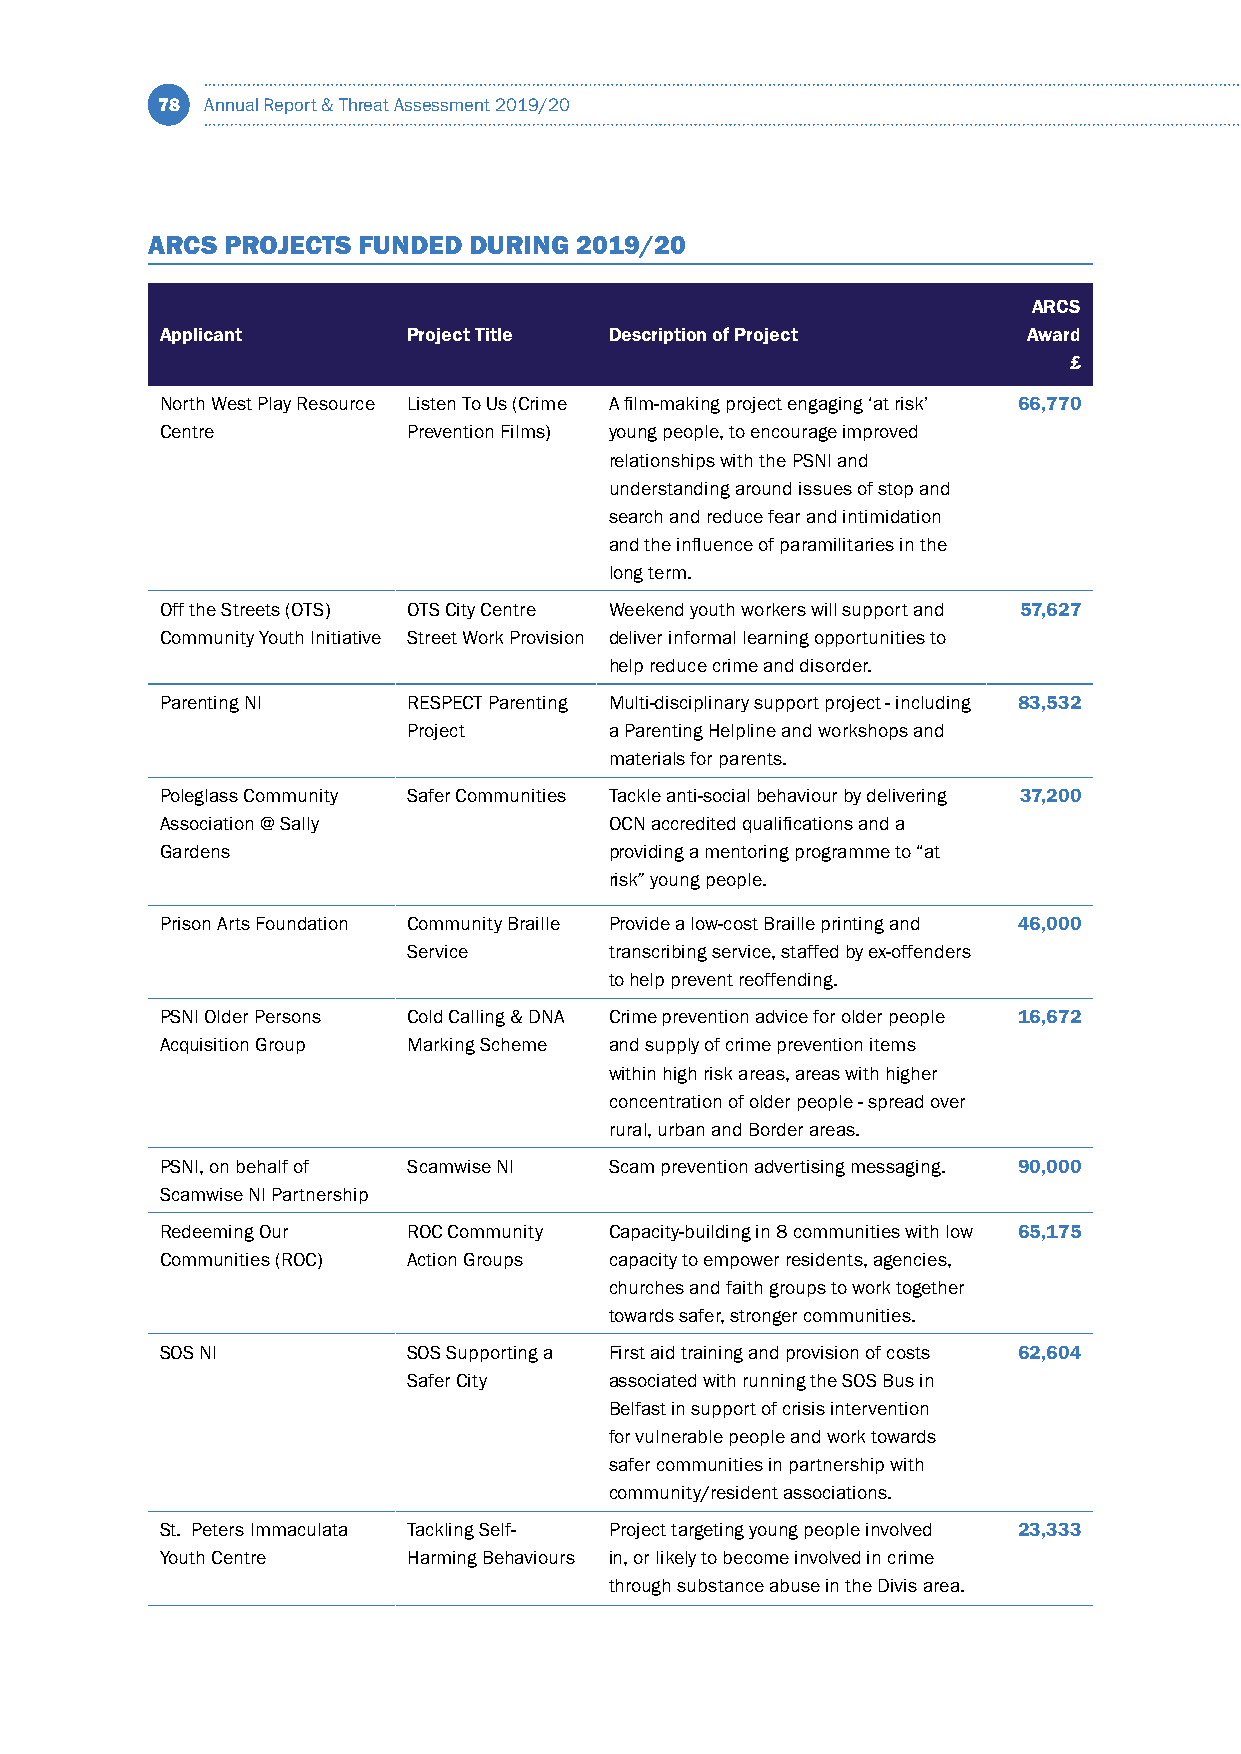
78  Annual Report & Threat Assessment 2019/20
 ARCS PROJECTS FUNDED DURING 2019/20
 ARCS
 Applicant       Project Title Description of Project     Award
 £
 North West Play Resource Listen To Us (Crime A film-making project engaging ‘at risk’ 66,770
 Centre          Prevention Films) young people, to encourage improved
 relationships with the PSNI and
 understanding around issues of stop and
 search and reduce fear and intimidation
 and the influence of paramilitaries in the
 long term.
 Off the Streets (OTS) OTS City Centre Weekend youth workers will support and 57,627
 Community Youth Initiative Street Work Provision deliver informal learning opportunities to
 help reduce crime and disorder.
 Parenting NI    RESPECT Parenting Multi-disciplinary support project - including 83,532
 Project      a Parenting Helpline and workshops and
 materials for parents.
 Poleglass Community Safer Communities Tackle anti-social behaviour by delivering 37,200
 Association @ Sally          OCN accredited qualifications and a
 Gardens                      providing a mentoring programme to “at
 risk” young people.
 Prison Arts Foundation Community Braille Provide a low-cost Braille printing and 46,000
 Service      transcribing service, staffed by ex-offenders
 to help prevent reoffending.
 PSNI Older Persons Cold Calling & DNA Crime prevention advice for older people 16,672
 Acquisition Group Marking Scheme and supply of crime prevention items
 within high risk areas, areas with higher
 concentration of older people - spread over
 rural, urban and Border areas.
 PSNI, on behalf of Scamwise NI Scam prevention advertising messaging. 90,000
 Scamwise NI Partnership
 Redeeming Our   ROC Community Capacity-building in 8 communities with low 65,175
 Communities (ROC) Action Groups capacity to empower residents, agencies,
 churches and faith groups to work together
 towards safer, stronger communities.
 SOS NI          SOS Supporting a First aid training and provision of costs 62,604
 Safer City   associated with running the SOS Bus in
 Belfast in support of crisis intervention
 for vulnerable people and work towards
 safer communities in partnership with
 community/resident associations.
 St. Peters Immaculata Tackling Self- Project targeting young people involved 23,333
 Youth Centre    Harming Behaviours in, or likely to become involved in crime
 through substance abuse in the Divis area.